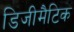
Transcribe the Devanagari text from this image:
डिजीमैटिक